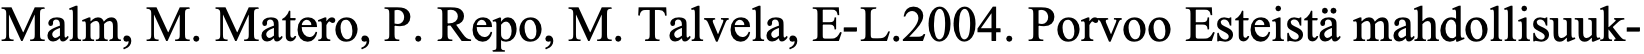
Malm, M. Matero, P. Repo, M. Talvela, E-L.2004. Porvoo Esteistä mahdollisuuk-